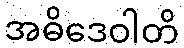
အဓိဒေဝါတိ